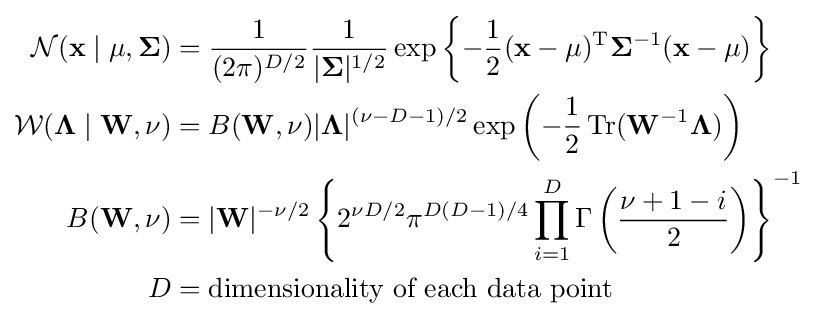
{\begin{aligned}{\mathcal {N}}(\mathbf {x} \mid \mathbf {\mu } ,\mathbf {\Sigma } )&={\frac {1}{(2\pi )^{D/2}}}{\frac {1}{|\mathbf {\Sigma } |^{1/2}}}\exp \left\{-{\frac {1}{2}}(\mathbf {x} -\mathbf {\mu } )^{\rm {T}}\mathbf {\Sigma } ^{-1}(\mathbf {x} -\mathbf {\mu } )\right\}\\{\mathcal {W}}(\mathbf {\Lambda } \mid \mathbf {W} ,\nu )&=B(\mathbf {W} ,\nu )|\mathbf {\Lambda } |^{(\nu -D-1)/2}\exp \left(-{\frac {1}{2}}\operatorname {Tr} (\mathbf {W} ^{-1}\mathbf {\Lambda } )\right)\\B(\mathbf {W} ,\nu )&=|\mathbf {W} |^{-\nu /2}\left\{2^{\nu D/2}\pi ^{D(D-1)/4}\prod _{i=1}^{D}\Gamma \left({\frac {\nu +1-i}{2}}\right)\right\}^{-1}\\D&={\text{dimensionality of each data point}}\end{aligned}}